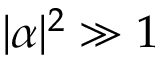
| \alpha | ^ { 2 } \gg 1